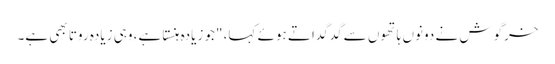
خرگوش نے دونوں ہاتھوں سے گدگداتے ہوئے کہا، "جو زیادہ ہنستا ہے، وہی زیادہ روتا بھی ہے۔